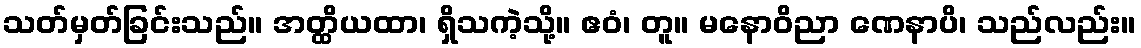
သတ်မှတ်ခြင်းသည်။ အတ္ထိယထာ၊ ရှိသကဲ့သို့။ ဧဝံ၊ တူ။ မနောဝိညာ ဏေနာပိ၊ သည်လည်း။